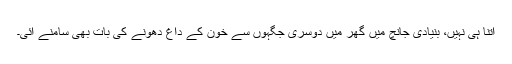
اتنا ہی نہیں، بنیادی جانچ میں گھر میں دوسری جگہوں سے خون کے داغ دھونے کی بات بھی سامنے آئی۔